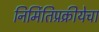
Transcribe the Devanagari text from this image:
निर्मितिप्रक्रीयेचा